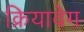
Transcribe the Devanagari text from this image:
क्रियावेग